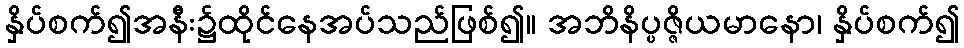
နှိပ်စက်၍အနီး၌ထိုင်နေအပ်သည်ဖြစ်၍။ အဘိနိပ္ပဇ္ဇိယမာနော၊ နှိပ်စက်၍